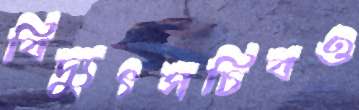
বিদ্যুৎসচিবও